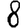
Digit: 8